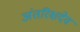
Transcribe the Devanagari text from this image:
अंतरिक्षदेव